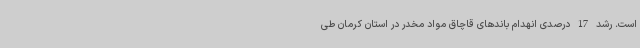
است. رشد 17 درصدی انهدام باندهای قاچاق مواد مخدر در استان کرمان طی